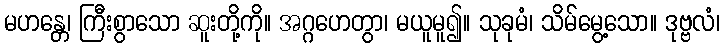
မဟန္တေ၊ ကြီးစွာသော ဆူးတို့ကို။ အဂ္ဂဟေတွာ၊ မယူမူ၍။ သုခုမံ၊ သိမ်မွေ့သော။ ဒုဗ္ဗလံ၊